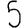
Digit: 5